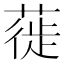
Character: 蓰